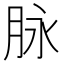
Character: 脉